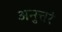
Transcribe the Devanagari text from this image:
अनुत्तरं